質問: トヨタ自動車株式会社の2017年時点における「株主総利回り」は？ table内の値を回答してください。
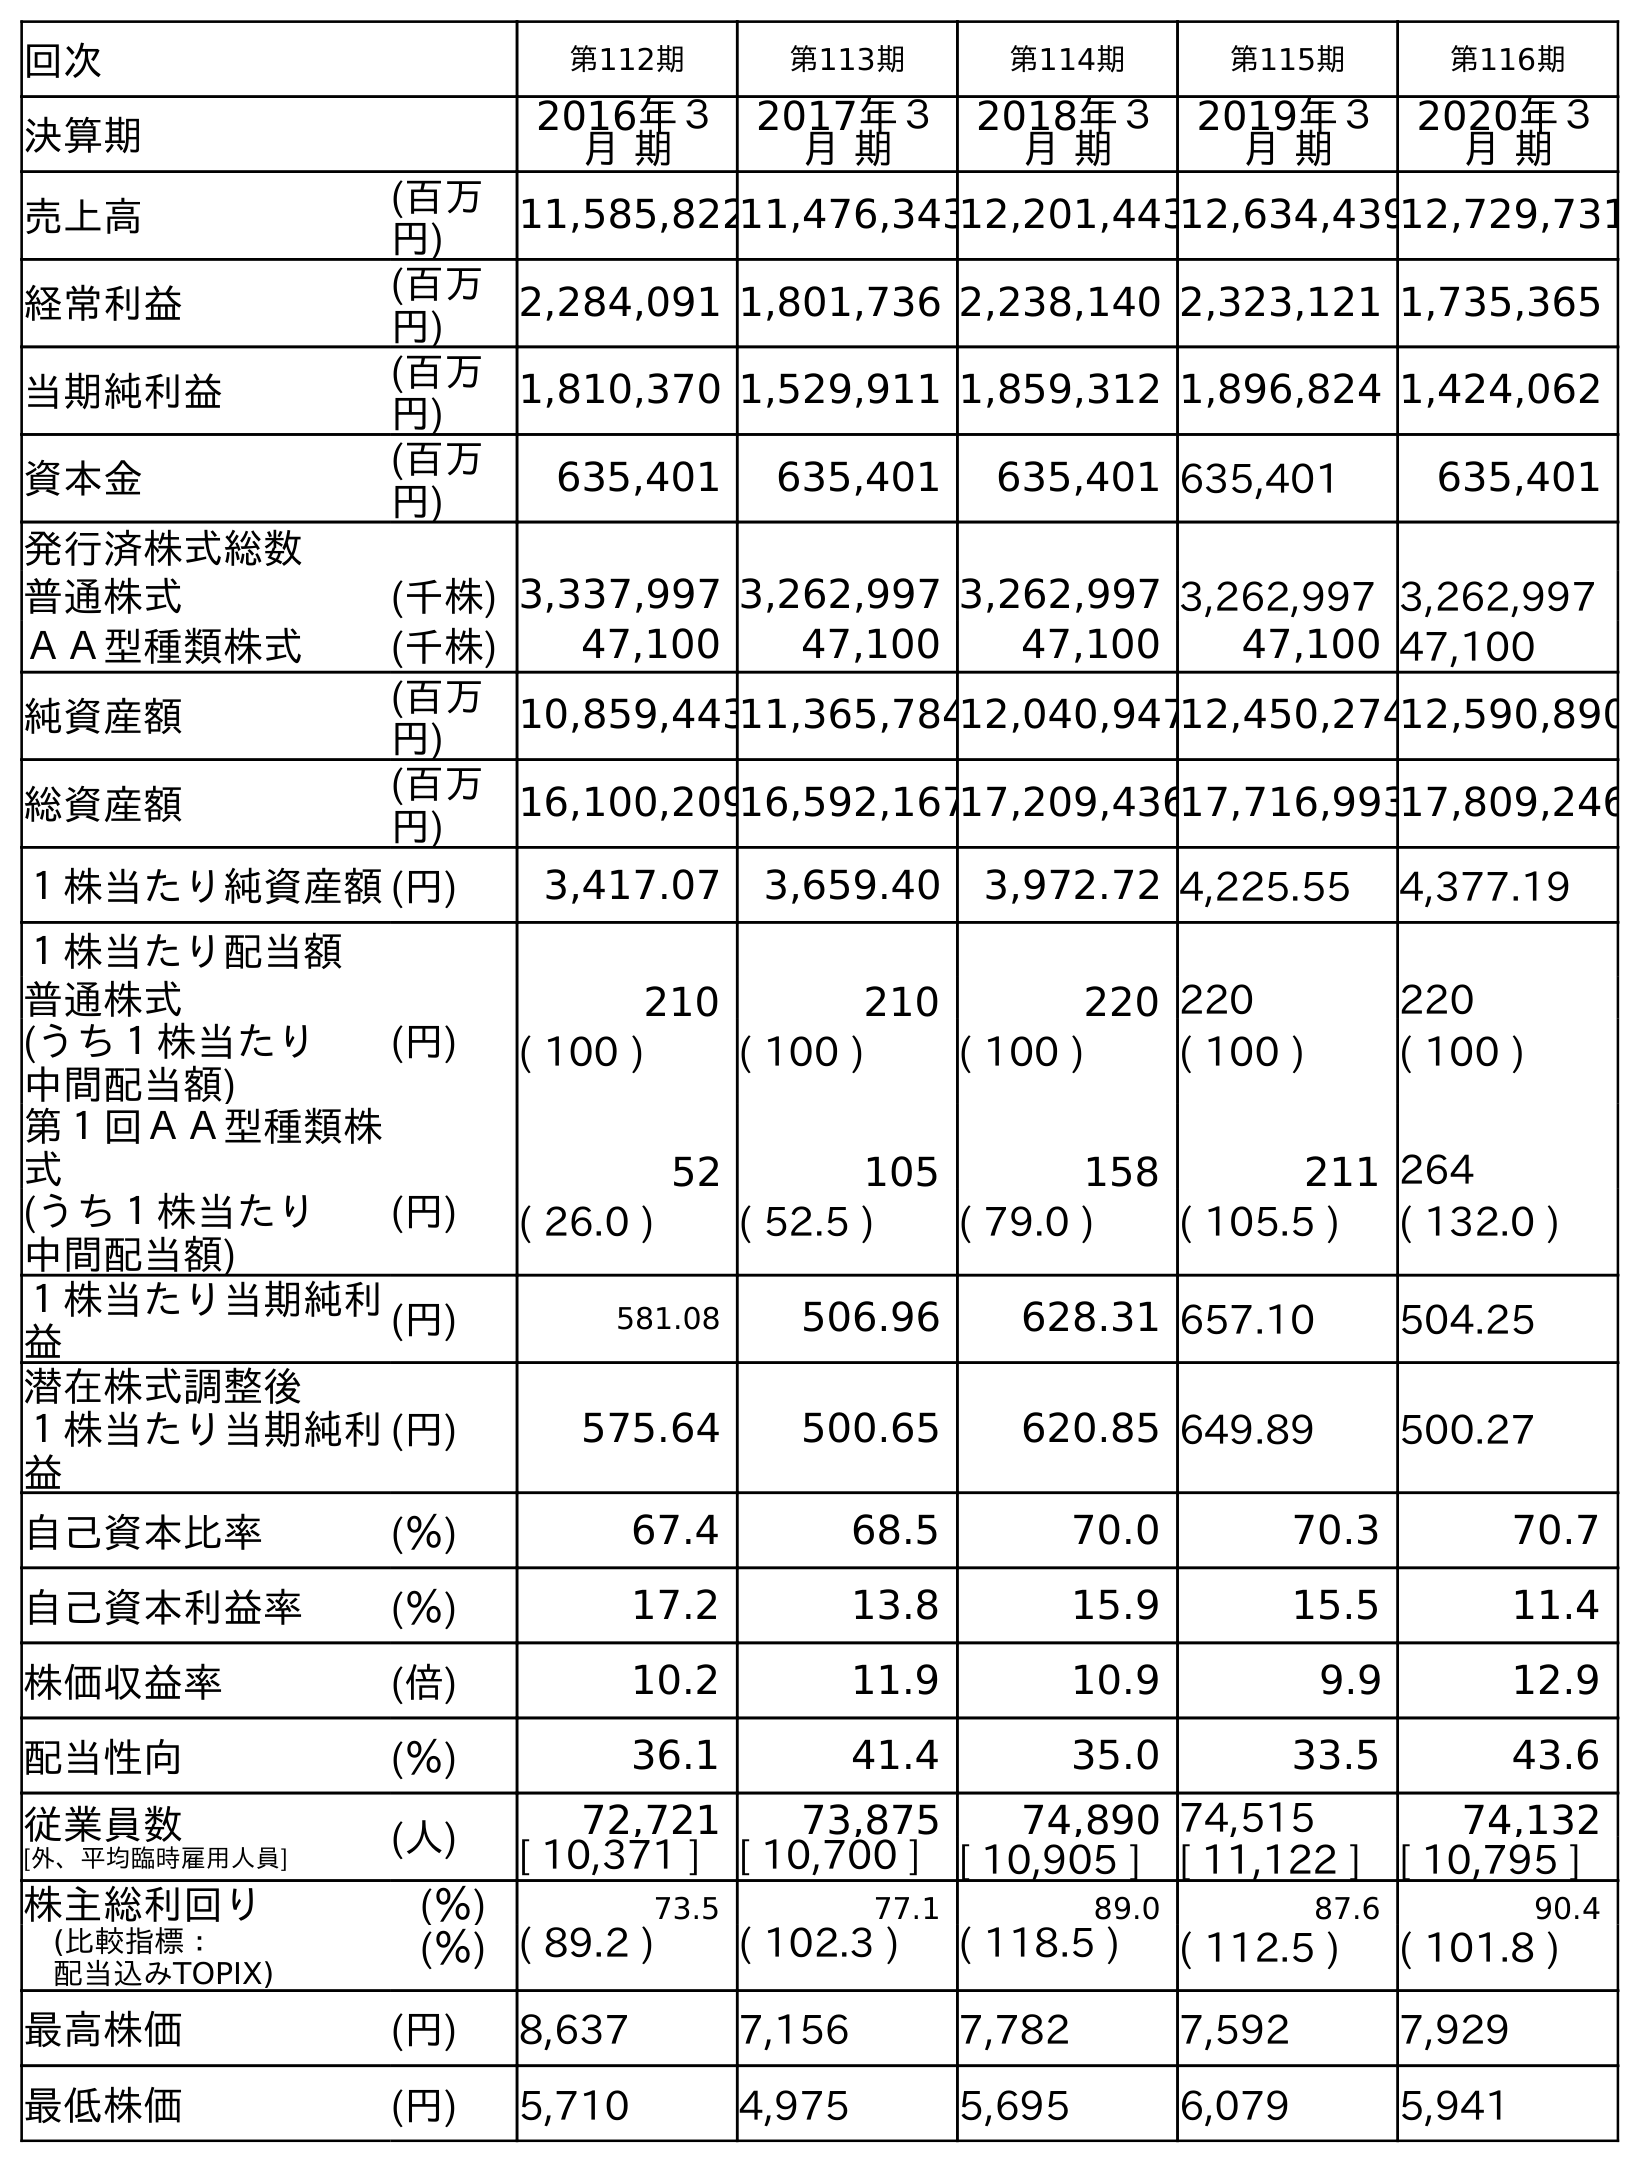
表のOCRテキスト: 回次 第112期 第113期 第114期 第115期 第116期 決算期 2016年３ 月 期 2017年３ 月 期 2018年３ 月 期 2019年３ 月 期 2020年３ 月 期 売上高 (百万 円) 11,585,82211,476,34312,201,44312,634,43912,729,731 経常利益 (百万 円) 2,284,091 1,801,736 2,238,140 2,323,121 1,735,365 当期純利益 (百万 円) 1,810,370 1,529,911 1,859,312 1,896,824 1,424,062 資本金 (百万 円) 635,401 635,401 635,401 635,401 635,401 発行済株式総数 普通株式 (千株) 3,337,997 3,262,997 3,262,997 3,262,997 3,262,997 ＡＡ型種類株式 (千株) 47,100 47,100 47,100 47,100 47,100 純資産額 (百万 円) 10,859,44311,365,78412,040,94712,450,27412,590,890 総資産額 (百万 円) 16,100,20916,592,16717,209,43617,716,99317,809,246 １株当たり純資産額(円) 3,417.07 3,659.40 3,972.72 4,225.55 4,377.19 １株当たり配当額 普通株式 (円) 210 210 220 220 220 (うち１株当たり 中間配当額) ( 100 ) ( 100 ) ( 100 ) ( 100 ) ( 100 ) 第１回ＡＡ型種類株 式 52 105 158 211 264 (うち１株当たり 中間配当額) (円) ( 26.0 ) ( 52.5 ) ( 79.0 ) ( 105.5 ) ( 132.0 ) １株当たり当期純利 益 (円) 581.08 506.96 628.31 657.10 504.25 潜在株式調整後 １株当たり当期純利 益 (円) 575.64 500.65 620.85 649.89 500.27 自己資本比率 (％) 67.4 68.5 70.0 70.3 70.7 自己資本利益率 (％) 17.2 13.8 15.9 15.5 11.4 株価収益率 (倍) 10.2 11.9 10.9 9.9 12.9 配当性向 (％) 36.1 41.4 35.0 33.5 43.6 従業員数 [外、平均臨時雇用人員] (人) 72,721 73,875 74,890 74,515 74,132 [ 10,371 ] [ 10,700 ] [ 10,905 ] [ 11,122 ] [ 10,795 ] 株主総利回り (％) 73.5 77.1 89.0 87.6 90.4 (比較指標： 配当込みTOPIX) (％) ( 89.2 ) ( 102.3 ) ( 118.5 ) ( 112.5 ) ( 101.8 ) 最高株価 (円) 8,637 7,156 7,782 7,592 7,929 最低株価 (円) 5,710 4,975 5,695 6,079 5,941
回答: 77.1